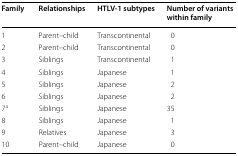
| Family | Relationships | HTLV-1 subtypes | Number of variants within family |
 | --- | --- | --- | --- |
 | 1 | Parent–child | Transcontinental | 0 |
 | 2 | Parent–child | Transcontinental | 0 |
 | 3 | Siblings | Transcontinental | 1 |
 | 4 | Siblings | Japanese | 1 |
 | 5 | Siblings | Japanese | 2 |
 | 6 | Siblings | Japanese | 2 |
 | 7a | Siblings | Japanese | 35 |
 | 8 | Siblings | Japanese | 1 |
 | 9 | Relatives | Japanese | 3 |
 | 10 | Parent–child | Japanese | 0 |